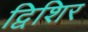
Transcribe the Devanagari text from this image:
द्विशिर